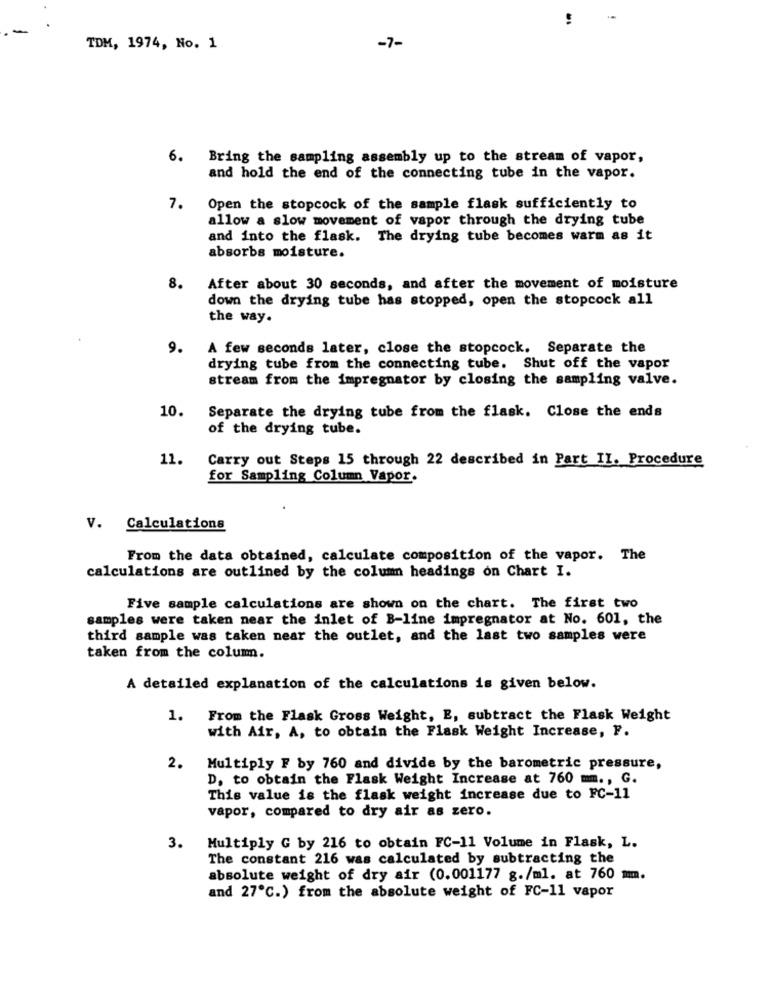
-
TDM, 1974, No. 1
-7-
6. Bring the sampling assembly up to the stream of vapor,
and hold the end of the connecting tube in the vapor.
7.
Open the stopcock of the sample flask sufficiently to
allow a slow movement of vapor through the drying tube
and into the flask. The drying tube becomes warm as it
absorbs moisture.
8.
After about 30 seconds, and after the movement of moisture
down the drying tube has stopped, open the stopcock all
the way.
9.
A few seconds later, close the stopcock. Separate the
drying tube from the connecting tube. Shut off the vapor
stream from the impregnator by closing the sampling valve.
10.
Separate the drying tube from the flask. Close the ends
of the drying tube.
11.
Carry out Steps 15 through 22 described in Part II. Procedure
for Sampling Column Vapor.
V. Calculations
From the data obtained, calculate composition of the vapor. The
calculations are outlined by the column headings on Chart I.
Five sample calculations are shown on the chart. The first two
samples were taken near the inlet of B-line impregnator at No. 601, the
third sample was taken near the outlet, and the last two samples were
taken from the column.
A detailed explanation of the calculations is given below.
1. From the Flask Gross Weight, E, subtract the Flask Weight
with Air, A, to obtain the Flask Weight Increase, F.
2.
Multiply F by 760 and divide by the barometric pressure,
D, to obtain the Flask Weight Increase at 760 mm ., G.
This value is the flask weight increase due to FC-11
vapor, compared to dry air as zero.
3.
Multiply G by 216 to obtain FC-11 Volume in Flask, L.
The constant 216 was calculated by subtracting the
absolute weight of dry air (0.001177 g./ml. at 760 mm.
and 27℃.) from the absolute weight of FC-11 vapor